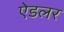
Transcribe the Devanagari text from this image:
ऐडलर